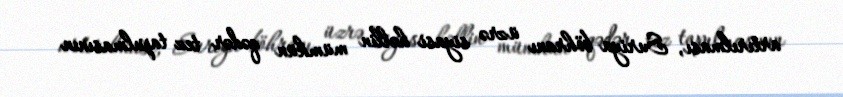
artırılması, Suriya böhranı üzrə siyasi həllin mümkün qədər tez tapılmasının